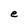
Character: e